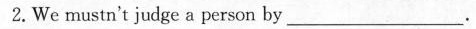
2.We mustn't judge a person by ___.